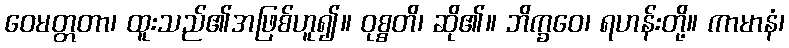
ဝေမတ္တတာ၊ ထူးသည်၏အဖြစ်ဟူ၍။ ဝုစ္စတိ၊ ဆို၏။ ဘိက္ခဝေ၊ ရဟန်းတို့။ ကာမာနံ၊